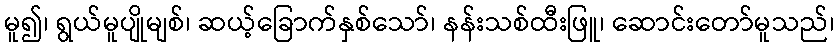
မူ၍၊ ရွယ်မူပျိုမျစ်၊ ဆယ့်ခြောက်နှစ်သော်၊ နန်းသစ်ထီးဖြူ၊ ဆောင်းတော်မူသည်၊